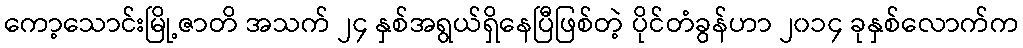
ကော့သောင်းမြို့ဇာတိ အသက် ၂၄ နှစ်အရွယ်ရှိနေပြီဖြစ်တဲ့ ပိုင်တံခွန်ဟာ ၂၀၁၄ ခုနှစ်လောက်က